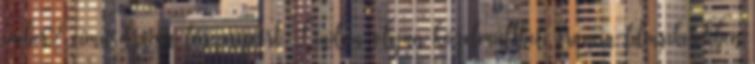
ember? című dráma főszerepéért. Lindon olyan közelmúltbeli francia filmsikerekben